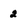
Character: 2